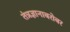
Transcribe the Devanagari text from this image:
तंत्रज्ञानाबरोबर